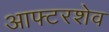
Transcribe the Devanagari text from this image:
आफ्टरशेव